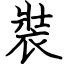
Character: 裝